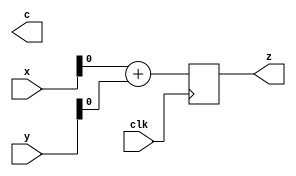
module add_again (
    input  wire clk,
    input  wire [3:0] x,
    input  wire [3:0] y,
    output reg z,
    output reg c
    );

    always @(posedge clk) begin
        z <= x + y;
    end
endmodule